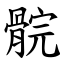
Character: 䯘